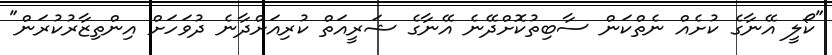
"ކޯލީ އޭނާގެ ކުށެއް ނެތްކަން ސާބިތުކޮށްދޭނެ އޭނާގެ ޝަރީއަތް ކުރިއަށްދާނެ ދުވަހަށް އިންތިޒާރުކުރަން"